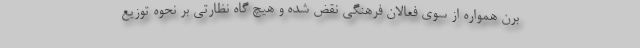
برن همواره از سوی فعالان فرهنگی نقض شده و هیچ گاه نظارتی بر نحوه توزیع